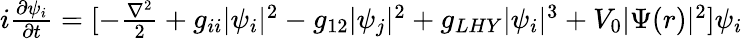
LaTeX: \begin{array}{r}{i\frac{\partial\psi_{i}}{\partial t}=[-\frac{\nabla^{2}}{2}+g_{ii}|\psi_{i}|^{2}-g_{12}|\psi_{j}|^{2}+g_{LHY}|\psi_{i}|^{3}+V_{0}|\Psi(r)|^{2}]\psi_{i}}\end{array}